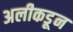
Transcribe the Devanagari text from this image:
अलीकडून